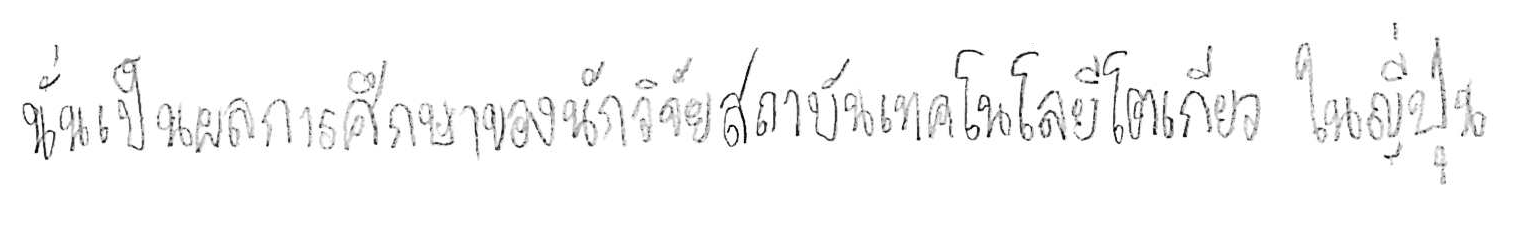
นั่นเป็นผลการศึกษาของนักวิจัยสถาบันเทคโนโลยีโตเกียว ในญี่ปุ่น